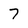
Character: 7